Vaccination report Assam 1874-1896 - 1874-1896
Year: 1874
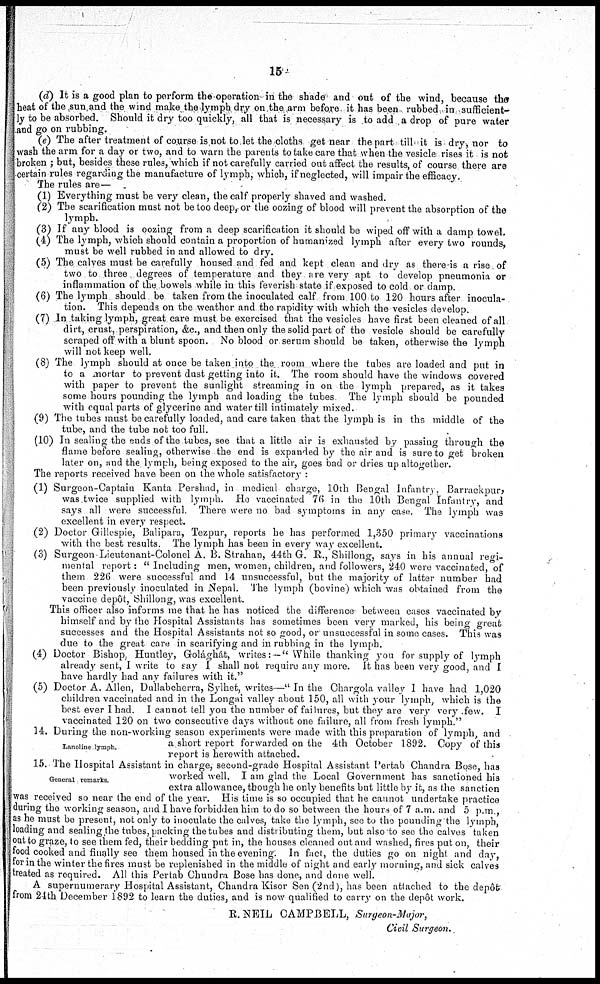
15
(d) It is a good plan to perform the operation in the shade and out of the wind, because the
heat of the sun and the wind make the lymph dry on the arm before it has been rubbed in sufficient-
ly to be absorbed. Should it dry too quickly, all that is necessary is to add a drop of pure water
and go on rubbing.
(e) The after treatment of course is not to let the cloths get near the part till it is dry, nor to
wash the arm for a day or two, and to warn the parents to take care that when the vesicle rises it is not
broken ; but, besides these rules, which if not carefully carried out affect the results, of course there are
certain rules regarding the manufacture of lymph, which, if neglected, will impair the efficacy.
The rules are—
(1) Everything must be very clean, the calf properly shaved and washed.
(2) The scarification must not be too deep, or the oozing of blood will prevent the absorption of the
lymph.
(3) If any blood is oozing from a deep scarification it should be wiped off with a damp towel.
(4) The lymph, which should contain a proportion of humanized lymph after every two rounds,
must be well rubbed in and allowed to dry.
(5) The calves must be carefully housed and fed and kept clean and dry as there is a rise of
two to three degrees of temperature and they are very apt to develop pneumonia or
inflammation of the bowels while in this feverish state if exposed to cold or damp.
(6) The lymph should be taken from the inoculated calf from 100 to 120 hours after inocula-
tion. This depends on the weather and the rapidity with which the vesicles develop.
(7) In taking lymph, great care must be exercised that the vesicles have first been cleaned of all
dirt, crust, perspiration, &c., and then only the solid part of the vesicle should be carefully
scraped off with a blunt spoon. No blood or serum should be taken, otherwise the lymph
will not keep well.
(8) The lymph should at once be taken into the room where the tubes are loaded and put in
to a mortar to prevent dust getting into it. The room should have the windows covered
with paper to prevent the sunlight streaming in on the lymph prepared, as it takes
some hours pounding the lymph and loading the tubes The lymph should be pounded
with equal parts of glycerine and water till intimately mixed.
(9) The tubes must be carefully loaded, and care taken that the lymph is in the middle of the
tube, and the tube not too full.
(10) In sealing the ends of the tubes, see that a little air is exhausted by passing through the
flame before sealing, otherwise the end is expanded by the air and is sure to get broken
later on, and the lymph, being exposed to the air, goes bad or dries up altogether.
The reports received have been on the whole satisfactory :
(1) Surgeon-Captain Kanta Pershad, in medical charge, 10th Bengal Infantry, Barrackpur,
was twice supplied with lymph. Ho vaccinated 76 in the 10th Bengal Infantry, and
says all were successful. There were no bad symptoms in any case. The lymph was
excellent in every respect.
(2) Doctor Gillespie, Balipara, Tezpur, reports he has performed 1,350 primary vaccinations
with the best results. The lymph has been in every way excellent.
(3) Surgeon Lieutenant-Colonel A. B. Strahan, 44th G. R., Shillong, says in his annual regi-
mental report: "Including men, women, children, and followers, 240 were vaccinated, of
them 226 were successful and 14 unsuccessful, but the majority of latter number had
been previously inoculated in Nepal. The lymph (bovine) which was obtained from the
vaccine depôt, Shillong, was excellent.
This officer also informs me that he has noticed the difference- between cases vaccinated by
himself and by the Hospital Assistants has sometimes been very marked, his being great
successes and the Hospital Assistants not so good, or unsuccessful in some cases. This was
due to the great care in scarifying and in rubbing in the lymph.
(4) Doctor Bishop, Huntley, Golághát, writes: — " While thanking you for supply of lymph
already sent, I write to say I shall not require any more. It has been very good, and I
have hardly had any failures with it."
(5) Doctor A. Allen, Dullabcherra, Sylhet, writes—" In the Chargola valley I have had 1,020
children vaccinated and in the Longai valley about 150, all with your lymph, which is the
best ever I had. I cannot tell you the number of failures, but they are very very few. I
vaccinated 120 on two consecutive days without one failure, all from fresh lymph."
Lanoline lymph.
14. During the non-working season experiments were made with this preparation of lymph, and
a short report forwarded on the 4th October 1892. Copy of this
report is herewith attached.
General remarks.
15. The Hospital Assistant in charge, second-grade Hospital Assistant Pertab Chandra Bose, has
worked well. I am glad the Local Government has sanctioned his
extra allowance, though he only benefits but little by it, as the sanction
was received so near the end of the year. His time is so occupied that he cannot undertake practice
during the working season, and I have forbidden him to do so between the hours of 7 a.m. and 5 p.m ,
as he must be present, not only to inoculate the calves, take the lymph, see to the pounding the lymph,
loading and sealing the tubes, packing the tubes and distributing them, but also to see the calves taken
out to graze, to see them fed, their bedding put in, the houses cleaned out and washed, fires put on, their
food cooked and finally see them housed in the evening. In fact, the duties go on night and day,
for in the winter the fires must be replenished in the middle of night and early morning, and sick calves
treated as required. All this Pertab Chandra Bose has done, and done well.
A supernumerary Hospital Assistant, Chandra Kisor Sen (2nd), has been attached to the depôt
from 24th December 1892 to learn the duties, and is now qualified to carry on the depôt work.
R.NEIL CAMPBELL, Surgeon-Major,
Civil Surgeon.